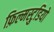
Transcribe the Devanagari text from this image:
फ़िल्मस्टुडियो